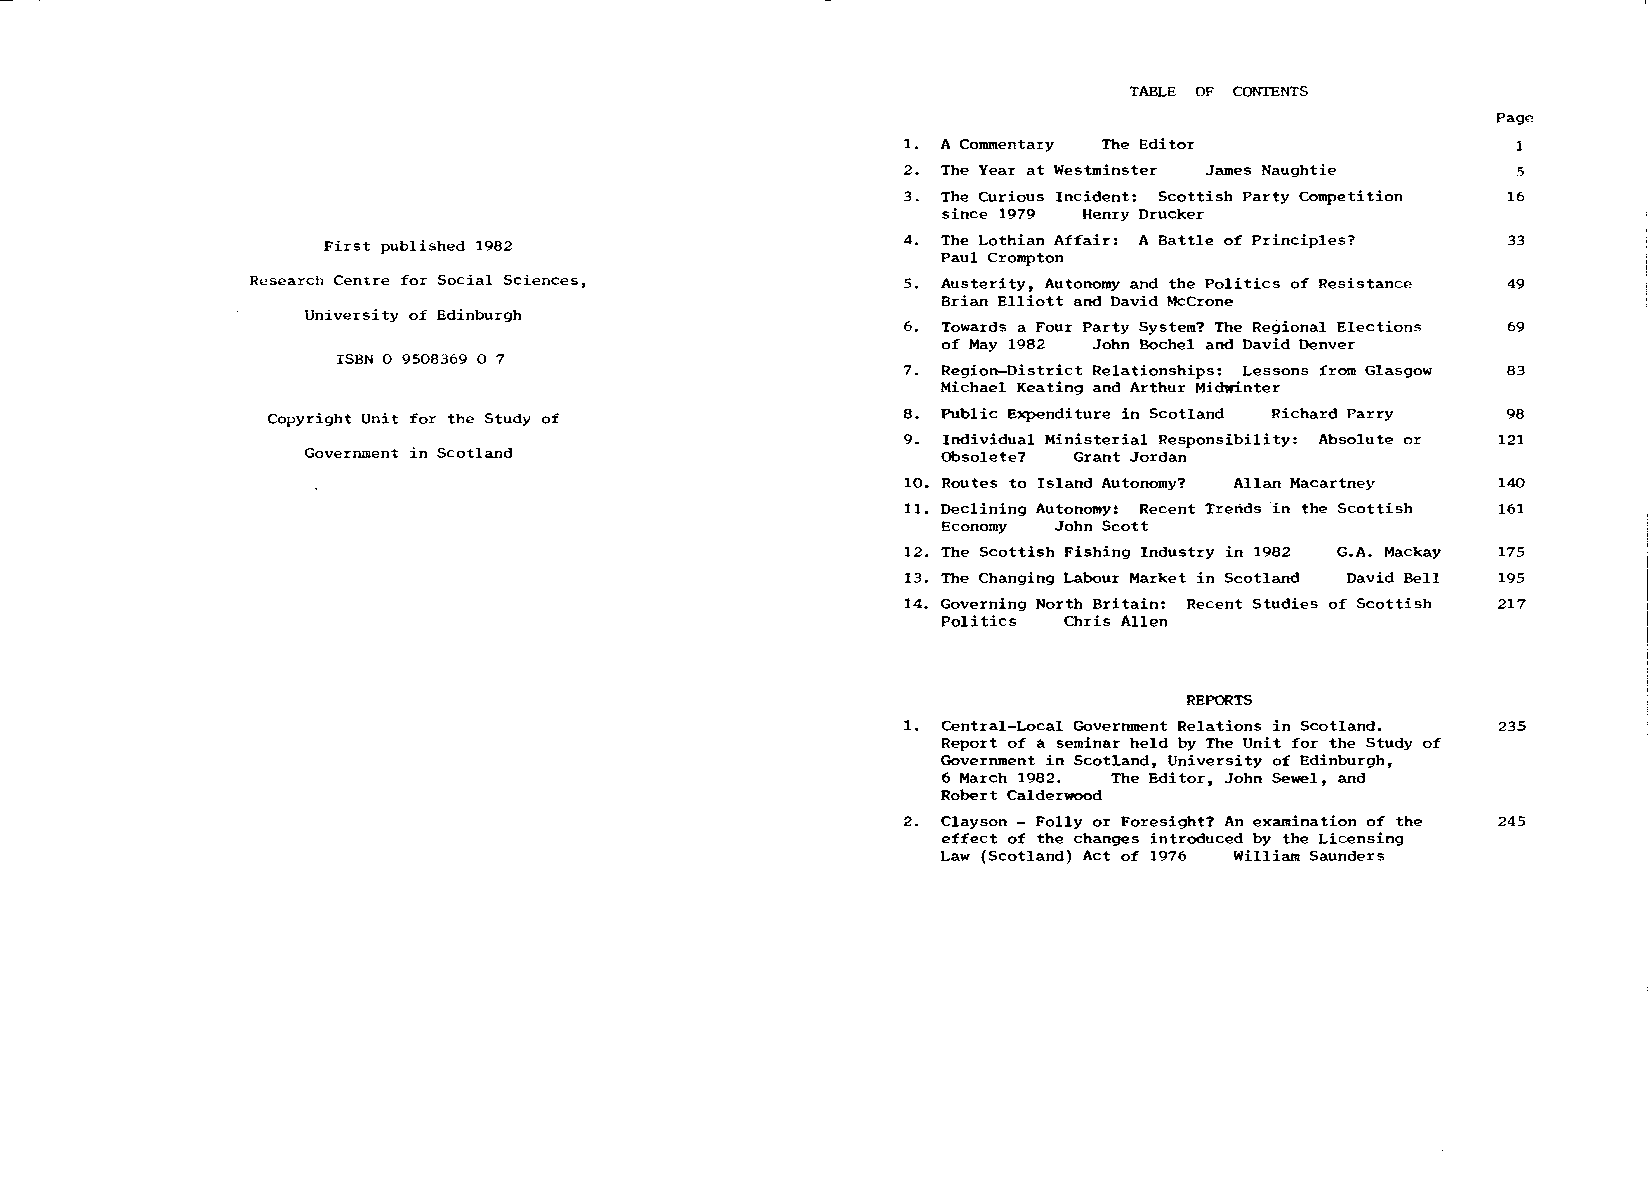
TABLE OF CONTENTS
 Page
 1. A Commentary The Editor
 2. The Year at Westminster James Naughtie 5
 3. The Curious Incident: Scottish Party Competition 16
 since 1979 Henry Drucker
 First published 1982                  4. The Lothian Affair: A Battle of Principles? 33
 Paul Crompton
 Research Centre for Social Sciences,       5. Austerity, Autonomy and the Politics of Resistance 49
 Brian Elliott and David McCrone
 University of Edinburgh
 6. Towards a Four Party System? The Regional Elections 69
 of May 1982 John Bochel and David Denver
 ISBN 0 9508369 0 7
 7. Region-District Relationships: Lessons from Glasgow 83
 Michael Keating and Arthur Midwinter
 Copyright Unit for the Study of           8. Public Expenditure in Scotland Richard Parry 98
 9. Individual Ministerial Responsibility: Absolute or 121
 Government in Scotland                    Obsolete? Grant Jordan
 10. Routes to Island Autonomy? Allan Macartney 140
 11. Declining Autonomy! Recent Trends in the Scottish 161
 Economy John Scott
 12. The Scottish Fishing Industry in 1982 G.A. Mackay 175
 13. The Changing Labour Market in Scotland David Bell 195
 14. Governing North Britain: Recent Studies of Scottish 217
 Politics Chris Allen
 REPORTS
 1. Central-Local Government Relations in Scotland. 235
 Report of a seminar held by The Unit for the Study of
 Government in Scotland, University of Edinburgh,
 6 March 1982. The Editor, John Sewel, and
 Robert Calderwood
 2. Clayson - Folly or Foresight? An examination of the 245
 effect of the changes introduced by the Licensing
 Law (Scotland} Act of 1976 William Saunders